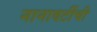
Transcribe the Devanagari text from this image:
नानावटींची